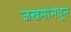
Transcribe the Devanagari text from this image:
जखमांमधून